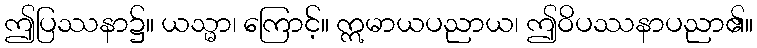
ဤပြဿနာ၌။ ယသ္မာ၊ ကြောင့်။ ဣမာယပညာယ၊ ဤဝိပဿနာပညာ၏။